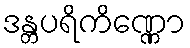
ဒန္တပရိကိဏ္ဏော